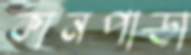
কানপাড়া